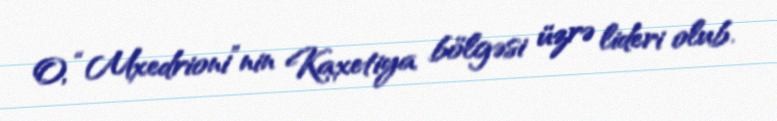
O, “Mxedrioni”nin Kaxetiya bölgəsi üzrə lideri olub.